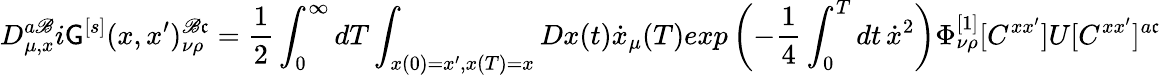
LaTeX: D_{\mu,x}^{a\mathscr{B}}i\mathsf{G}^{[s]}(x,x^{\prime})_{\nu\rho}^{\mathscr{B}\mathfrak{c}}={\frac{{1}}{{2}}}\int_{0}^{\infty}dT\int_{x(0)=x^{\prime},x(T)=x}Dx(t)\dot{{x}}_{\mu}(T)exp\left(-{\frac{{1}}{{4}}}\int_{0}^{T}dt\, \dot{{x}}^{2}\right)\Phi_{\nu\rho}^{[1]}[C^{xx^{\prime}}]U[C^{xx^{\prime}}]^{a\mathfrak{c}}